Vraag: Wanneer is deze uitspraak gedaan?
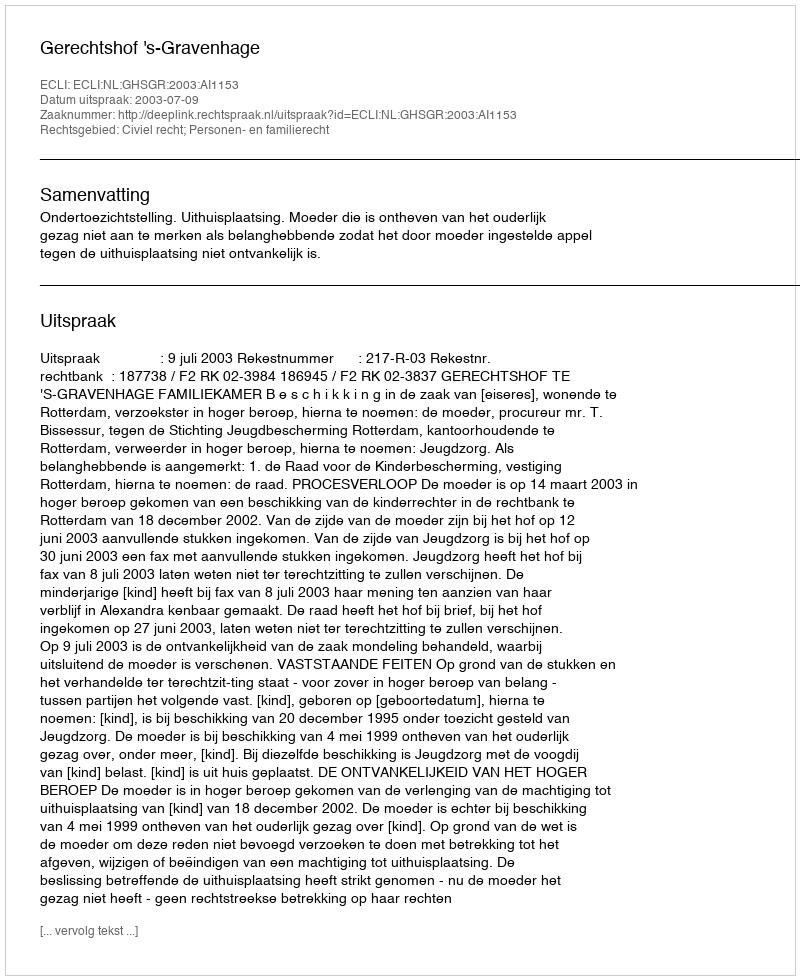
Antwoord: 2003-07-09